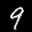
Label: 9